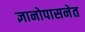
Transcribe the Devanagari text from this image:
ज्ञानोपासनेत